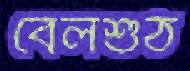
বেলশুঁঠ